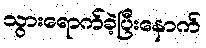
သွားရောက်ခဲ့ပြီးနောက်